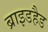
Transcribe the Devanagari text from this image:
ब्राइडहैड